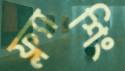
ফ্ল্যাশিং